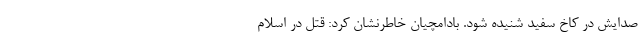
صدایش در کاخ سفید شنیده شود. بادامچیان خاطرنشان کرد: قتل در اسلام